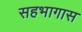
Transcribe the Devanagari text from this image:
सहभागास